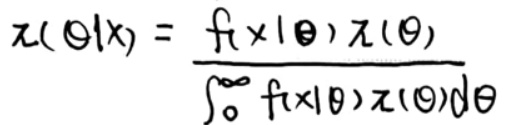
\[
\pi(\theta|x)=\frac{f(x|\theta)\pi(\theta)}{\int_{0}^{\infty}f(x|\theta)\pi(\theta)d\theta}
\]